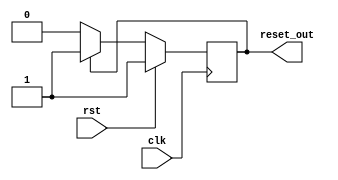
module MemoryBlocksSynchronousResetDetector (
    input wire clk,        // Main clock signal
    input wire rst,        // Synchronous reset signal
    output reg reset_out   // Reset output for memory blocks
);

// Synchronous reset behavior
always @(posedge clk) begin
    if (rst) begin
        // Assert reset output when reset signal is high
        reset_out <= 1'b1;
    end else if (reset_out == 1'b1) begin
        // Hold reset output high until the next clock cycle when reset is low
        reset_out <= 1'b1;
    end else begin
        // Deassert reset output when reset signal is low
        reset_out <= 1'b0;
    end
end

endmodule